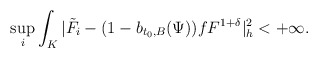
\begin{align*}\sup\limits_i\int_K|\tilde{F}_i-(1-b_{t_0,B}(\Psi))fF^{1+\delta}|^2_h<+\infty.\end{align*}